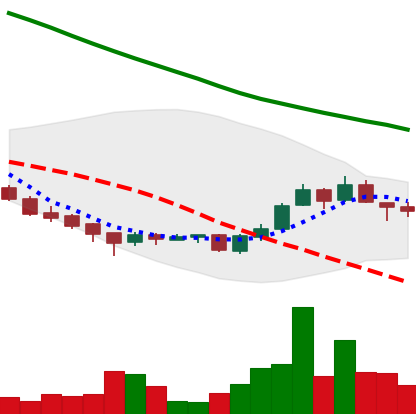
Ticker: ADA-USD
Chart end date: 2018-09-26
Forward return: 6.282%
Label: up_5_7